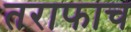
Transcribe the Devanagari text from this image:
तराफाच